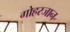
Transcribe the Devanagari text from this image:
गोहरजान